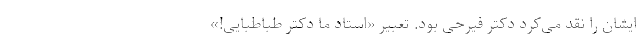
ایشان را نقد می‌کرد دکتر فیرحی بود. تعبیر «استاد ما دکتر طباطبایی!»